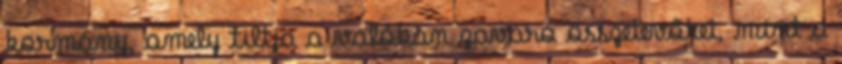
kormány, amely tiltja a valóban zavaró összetevőket, mint a